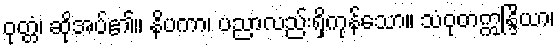
ဝုတ္တံ၊ ဆိုအပ်၏။ နိပကာ၊ ပညာလည်းရှိကုန်သော။ သံဝုတဣန္ဒြိယာ၊